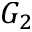
G _ { 2 }